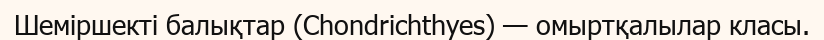
Шеміршекті балықтар (Chondrichthyes) — омыртқалылар класы.